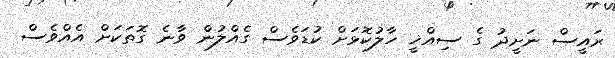
ރައީސް ނަށީދު ގެ ސިއްޚީ ހާލުކޮޅަށް ކުޑަވެސް ގެއްލުން ވާނެ ގޮތަކަށް އެއްވެސް